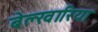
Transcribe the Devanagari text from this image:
बेल्खारिया